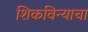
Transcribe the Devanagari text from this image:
शिकविन्याचा